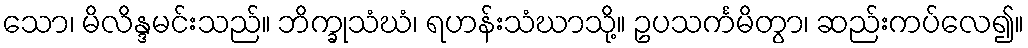
သော၊ မိလိန္ဒမင်းသည်။ ဘိက္ခုသံဃံ၊ ရဟန်းသံဃာသို့။ ဥပသင်္ကမိတွာ၊ ဆည်းကပ်လေ၍။